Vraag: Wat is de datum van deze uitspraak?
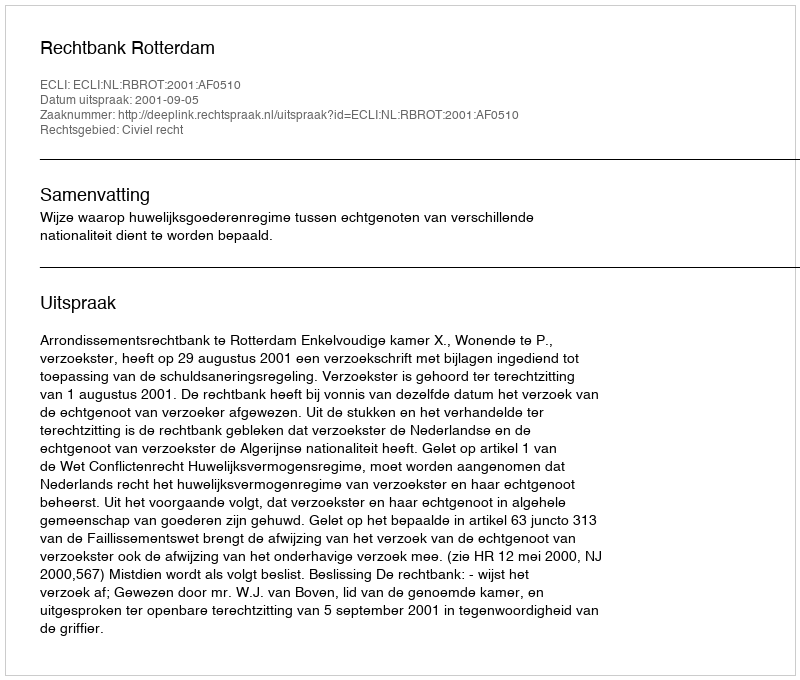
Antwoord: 2001-09-05